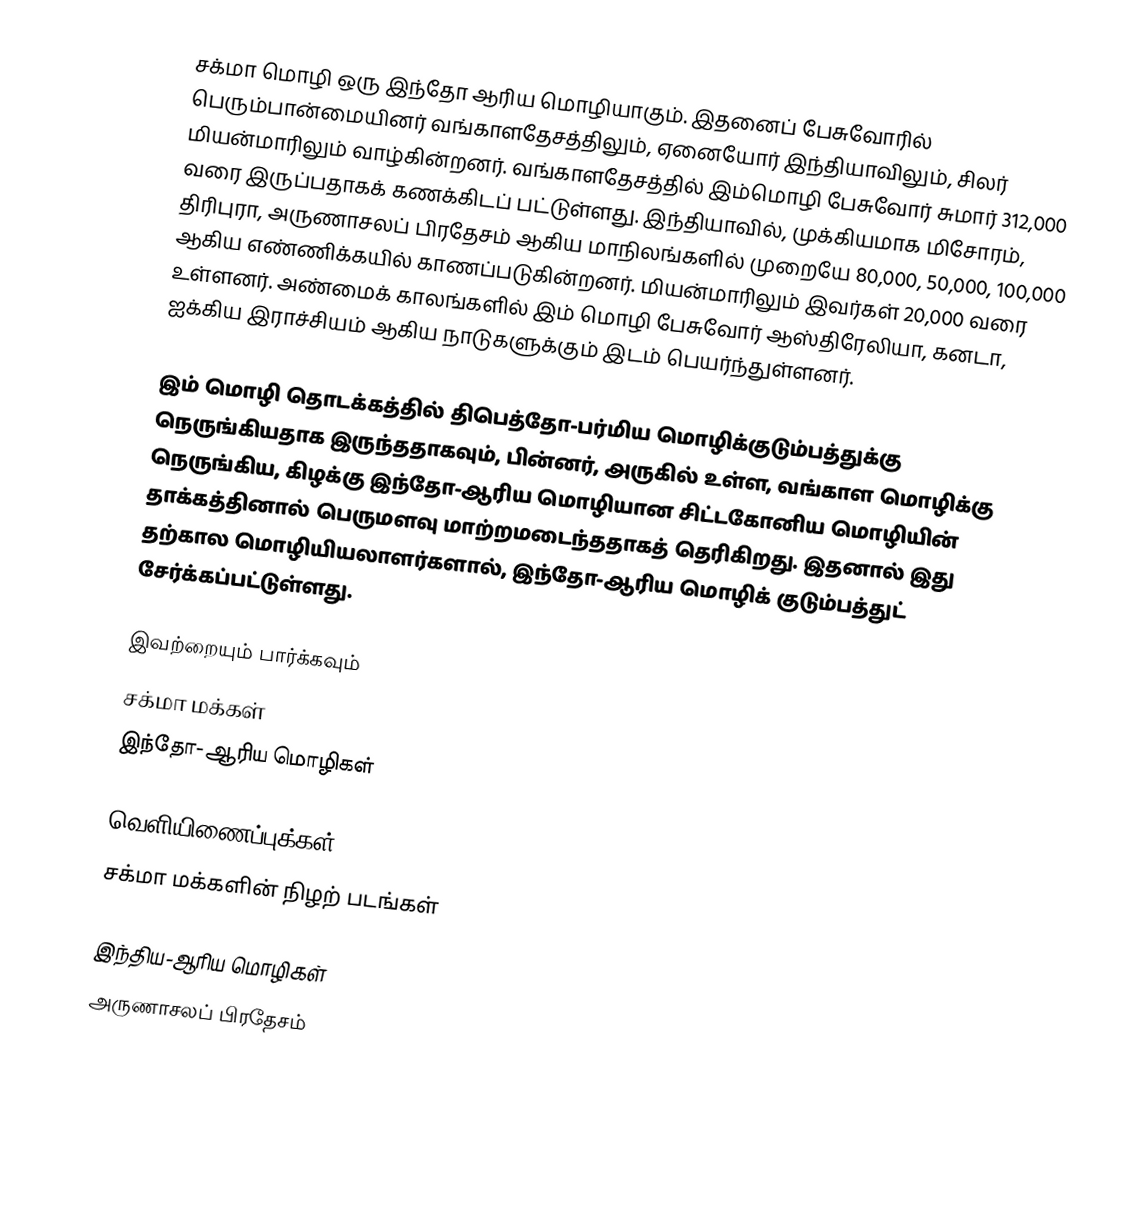
சக்மா மொழி ஒரு இந்தோ ஆரிய மொழியாகும். இதனைப் பேசுவோரில் பெரும்பான்மையினர் வங்காளதேசத்திலும், ஏனையோர் இந்தியாவிலும், சிலர் மியன்மாரிலும் வாழ்கின்றனர். வங்காளதேசத்தில் இம்மொழி பேசுவோர் சுமார் 312,000 வரை இருப்பதாகக் கணக்கிடப் பட்டுள்ளது. இந்தியாவில், முக்கியமாக மிசோரம், திரிபுரா, அருணாசலப் பிரதேசம் ஆகிய மாநிலங்களில் முறையே 80,000, 50,000, 100,000 ஆகிய எண்ணிக்கயில் காணப்படுகின்றனர். மியன்மாரிலும் இவர்கள் 20,000 வரை உள்ளனர். அண்மைக் காலங்களில் இம் மொழி பேசுவோர் ஆஸ்திரேலியா, கனடா, ஐக்கிய இராச்சியம் ஆகிய நாடுகளுக்கும் இடம் பெயர்ந்துள்ளனர்.

இம் மொழி தொடக்கத்தில் திபெத்தோ-பர்மிய மொழிக்குடும்பத்துக்கு நெருங்கியதாக இருந்ததாகவும், பின்னர், அருகில் உள்ள, வங்காள மொழிக்கு நெருங்கிய, கிழக்கு இந்தோ-ஆரிய மொழியான சிட்டகோனிய மொழியின் தாக்கத்தினால் பெருமளவு மாற்றமடைந்ததாகத் தெரிகிறது. இதனால் இது தற்கால மொழியியலாளர்களால், இந்தோ-ஆரிய மொழிக் குடும்பத்துட் சேர்க்கப்பட்டுள்ளது.

இவற்றையும் பார்க்கவும்
 சக்மா மக்கள்
 இந்தோ-ஆரிய மொழிகள்

வெளியிணைப்புக்கள்
 சக்மா மக்களின் நிழற் படங்கள்

இந்திய-ஆரிய மொழிகள்
அருணாசலப் பிரதேசம்